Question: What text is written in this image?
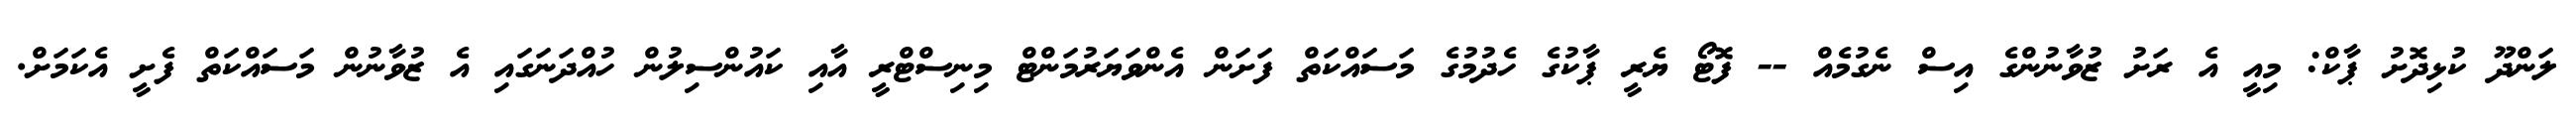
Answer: ލަންދޫ ކުޅިދޮށު ޕާކް: މިއީ އެ ރަށު ޒުވާނުންގެ އިސް ނެގުމެއް -- ފޮޓޯ ޔެރީ ޕާކުގެ ހެދުމުގެ މަސައްކަތް ފަށަން އެންވަޔަރުމަންޓް މިނިސްޓްރީ އާއި ކައުންސިލުން ހުއްދަނަގައި އެ ޒުވާނުން މަސައްކަތް ފެށީ އެކަމަށް.